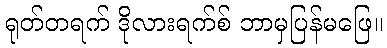
ရုတ်တရက် ဒိုလားရက်စ် ဘာမှပြန်မဖြေ။